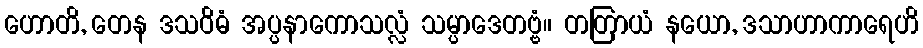
ဟောတိ, တေန ဒသဝိဓံ အပ္ပနာကောသလ္လံ သမ္ပာဒေတဗ္ဗံ။ တတြာယံ နယော, ဒသာဟာကာရေဟိ